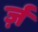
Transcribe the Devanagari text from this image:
र्ज़